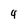
Character: 4